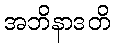
အဘိနာဒတိ